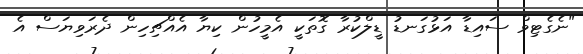
"ނެގެޓިވް ސައިޑާ އަޅުގަނޑު ޑީލްކުރާ ގޮތަކީ އެމީހުން ކިޔާ އެއްޗިހިން ދެރަވިޔަސް އެ